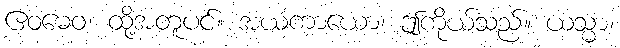
ဧဝမေဝ၊ ထို့အတူပင်။ အယံကာယော၊ ဤကိုယ်သည်။ ယသ္မာ၊